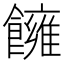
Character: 𩟀